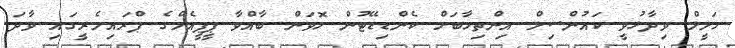
ހަލީލް ވިދާޅުވީ ކައުންސިލް އިންތިހާބަށް ކެންޑިޑޭޓުން ހޮވަން ބާއްވާ ޕީޕީއެމްގެ ޕްރައިމެރީގައި ވާދަ